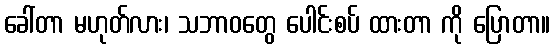
ခေါ်တာ မဟုတ်လား၊ သဘာဝတွေ ပေါင်းစပ် ထားတာ ကို ပြောတာ။